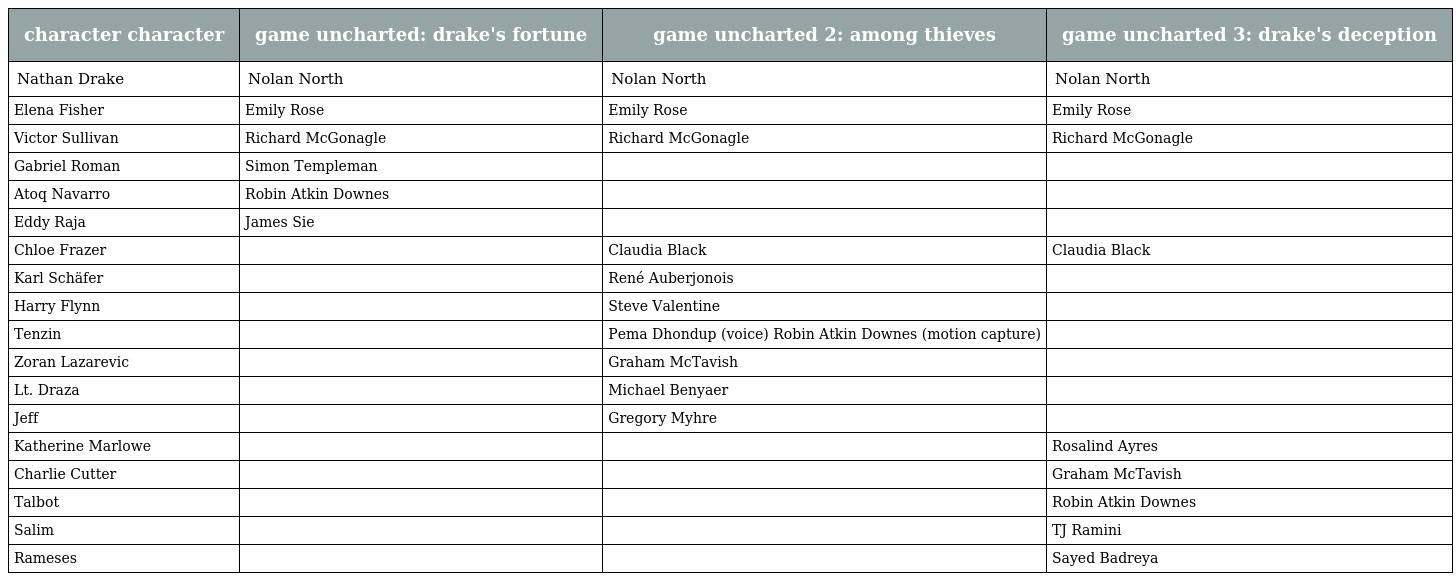
| character character | game uncharted: drake's fortune | game uncharted 2: among thieves | game uncharted 3: drake's deception |
 | --- | --- | --- | --- |
 | Nathan Drake | Nolan North | Nolan North | Nolan North |
 | Elena Fisher | Emily Rose | Emily Rose | Emily Rose |
 | Victor Sullivan | Richard McGonagle | Richard McGonagle | Richard McGonagle |
 | Gabriel Roman | Simon Templeman |  |  |
 | Atoq Navarro | Robin Atkin Downes |  |  |
 | Eddy Raja | James Sie |  |  |
 | Chloe Frazer |  | Claudia Black | Claudia Black |
 | Karl Schäfer |  | René Auberjonois |  |
 | Harry Flynn |  | Steve Valentine |  |
 | Tenzin |  | Pema Dhondup (voice) Robin Atkin Downes (motion capture) |  |
 | Zoran Lazarevic |  | Graham McTavish |  |
 | Lt. Draza |  | Michael Benyaer |  |
 | Jeff |  | Gregory Myhre |  |
 | Katherine Marlowe |  |  | Rosalind Ayres |
 | Charlie Cutter |  |  | Graham McTavish |
 | Talbot |  |  | Robin Atkin Downes |
 | Salim |  |  | TJ Ramini |
 | Rameses |  |  | Sayed Badreya |